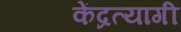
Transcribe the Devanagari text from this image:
केंद्रत्यागी